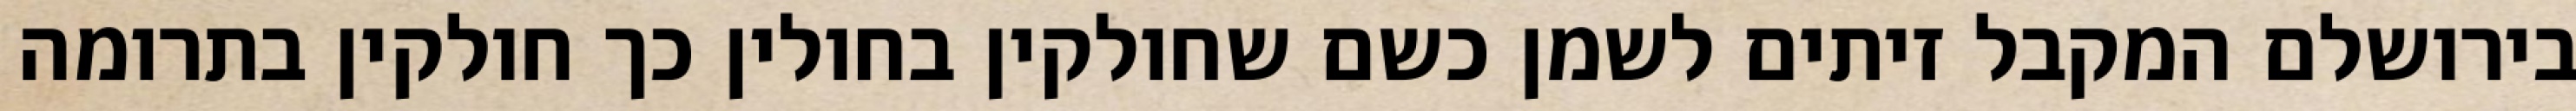
בירושלם המקבל זיתים לשמן כשם שחולקין בחולין כך חולקין בתרומה